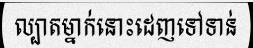
ល្បាតម្នាក់នោះដេញទៅទាន់